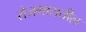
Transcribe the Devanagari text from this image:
रोजगारातील